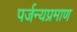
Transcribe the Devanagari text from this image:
पर्जन्यप्रमाण